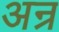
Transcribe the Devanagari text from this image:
अन्र